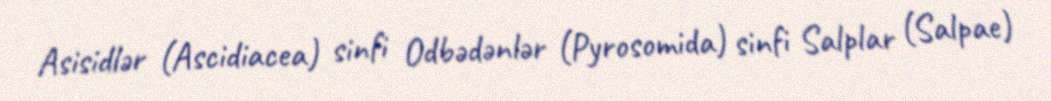
Asisidlər (Ascidiacea) sinfi Odbədənlər (Pyrosomida) sinfi Salplar (Salpae)